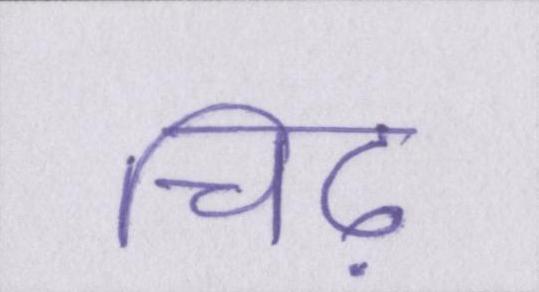
चिढ़